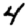
Digit: 4